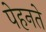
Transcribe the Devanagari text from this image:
पेहनते